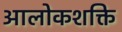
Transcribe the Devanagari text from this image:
आलोकशक्ति